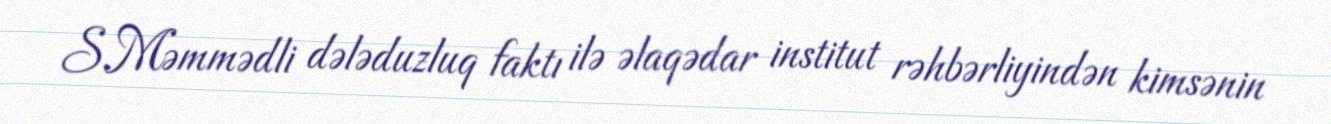
S.Məmmədli dələduzluq faktı ilə əlaqədar institut rəhbərliyindən kimsənin